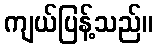
ကျယ်ပြန့်သည်။